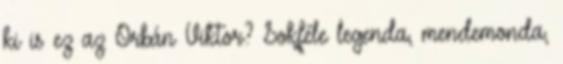
ki is ez az Orbán Viktor? Sokféle legenda, mendemonda,